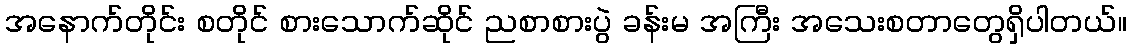
အနောက်တိုင်း စတိုင် စားသောက်ဆိုင် ညစာစားပွဲ ခန်းမ အကြီး အသေးစတာတွေရှိပါတယ်။